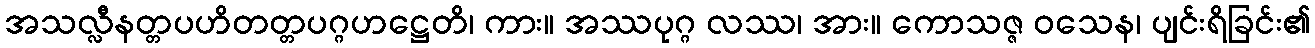
အသလ္လီနတ္တပဟိတတ္တပဂ္ဂဟဋ္ဌေတိ၊ ကား။ အဿပုဂ္ဂ လဿ၊ အား။ ကောသဇ္ဇ ဝသေန၊ ပျင်းရိခြင်း၏